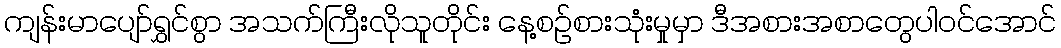
ကျန်းမာပျော်ရွှင်စွာ အသက်ကြီးလိုသူတိုင်း နေ့စဉ်စားသုံးမှုမှာ ဒီအစားအစာတွေပါဝင်အောင်